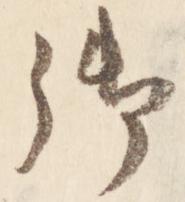
御